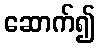
ဆောက်၍